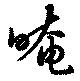
暗